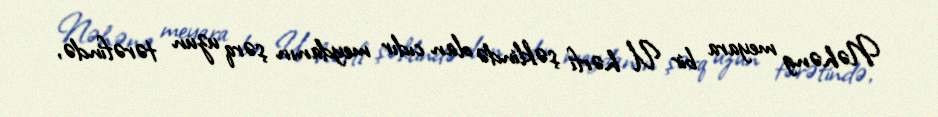
Nəhəng meyara bir U hərfi şəklində olan cıdır meydanın şərq uzun tərəfində,